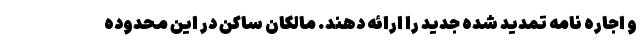
و اجاره نامه تمدید شده جدید را ارائه دهند. مالکان ساکن در این محدوده